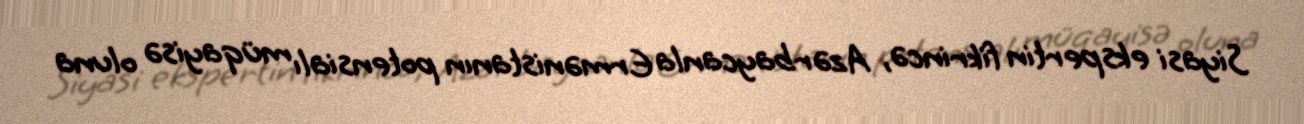
Siyasi ekspertin fikrincə, Azərbaycanla Ermənistanın potensialı müqayisə oluna